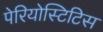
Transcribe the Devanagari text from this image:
पेरियोस्टिटिस